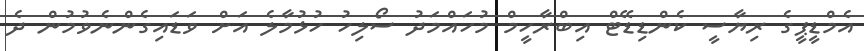
އެމްޑީޕީގެ ރިޔާސީ ކެންޑިޑޭޓް އިބްރާހީމް މުހައްމަދު ސޯލިހު ހުޅުމާލެ އަށް ވަޑައިގެންނެވުމުން ދެ